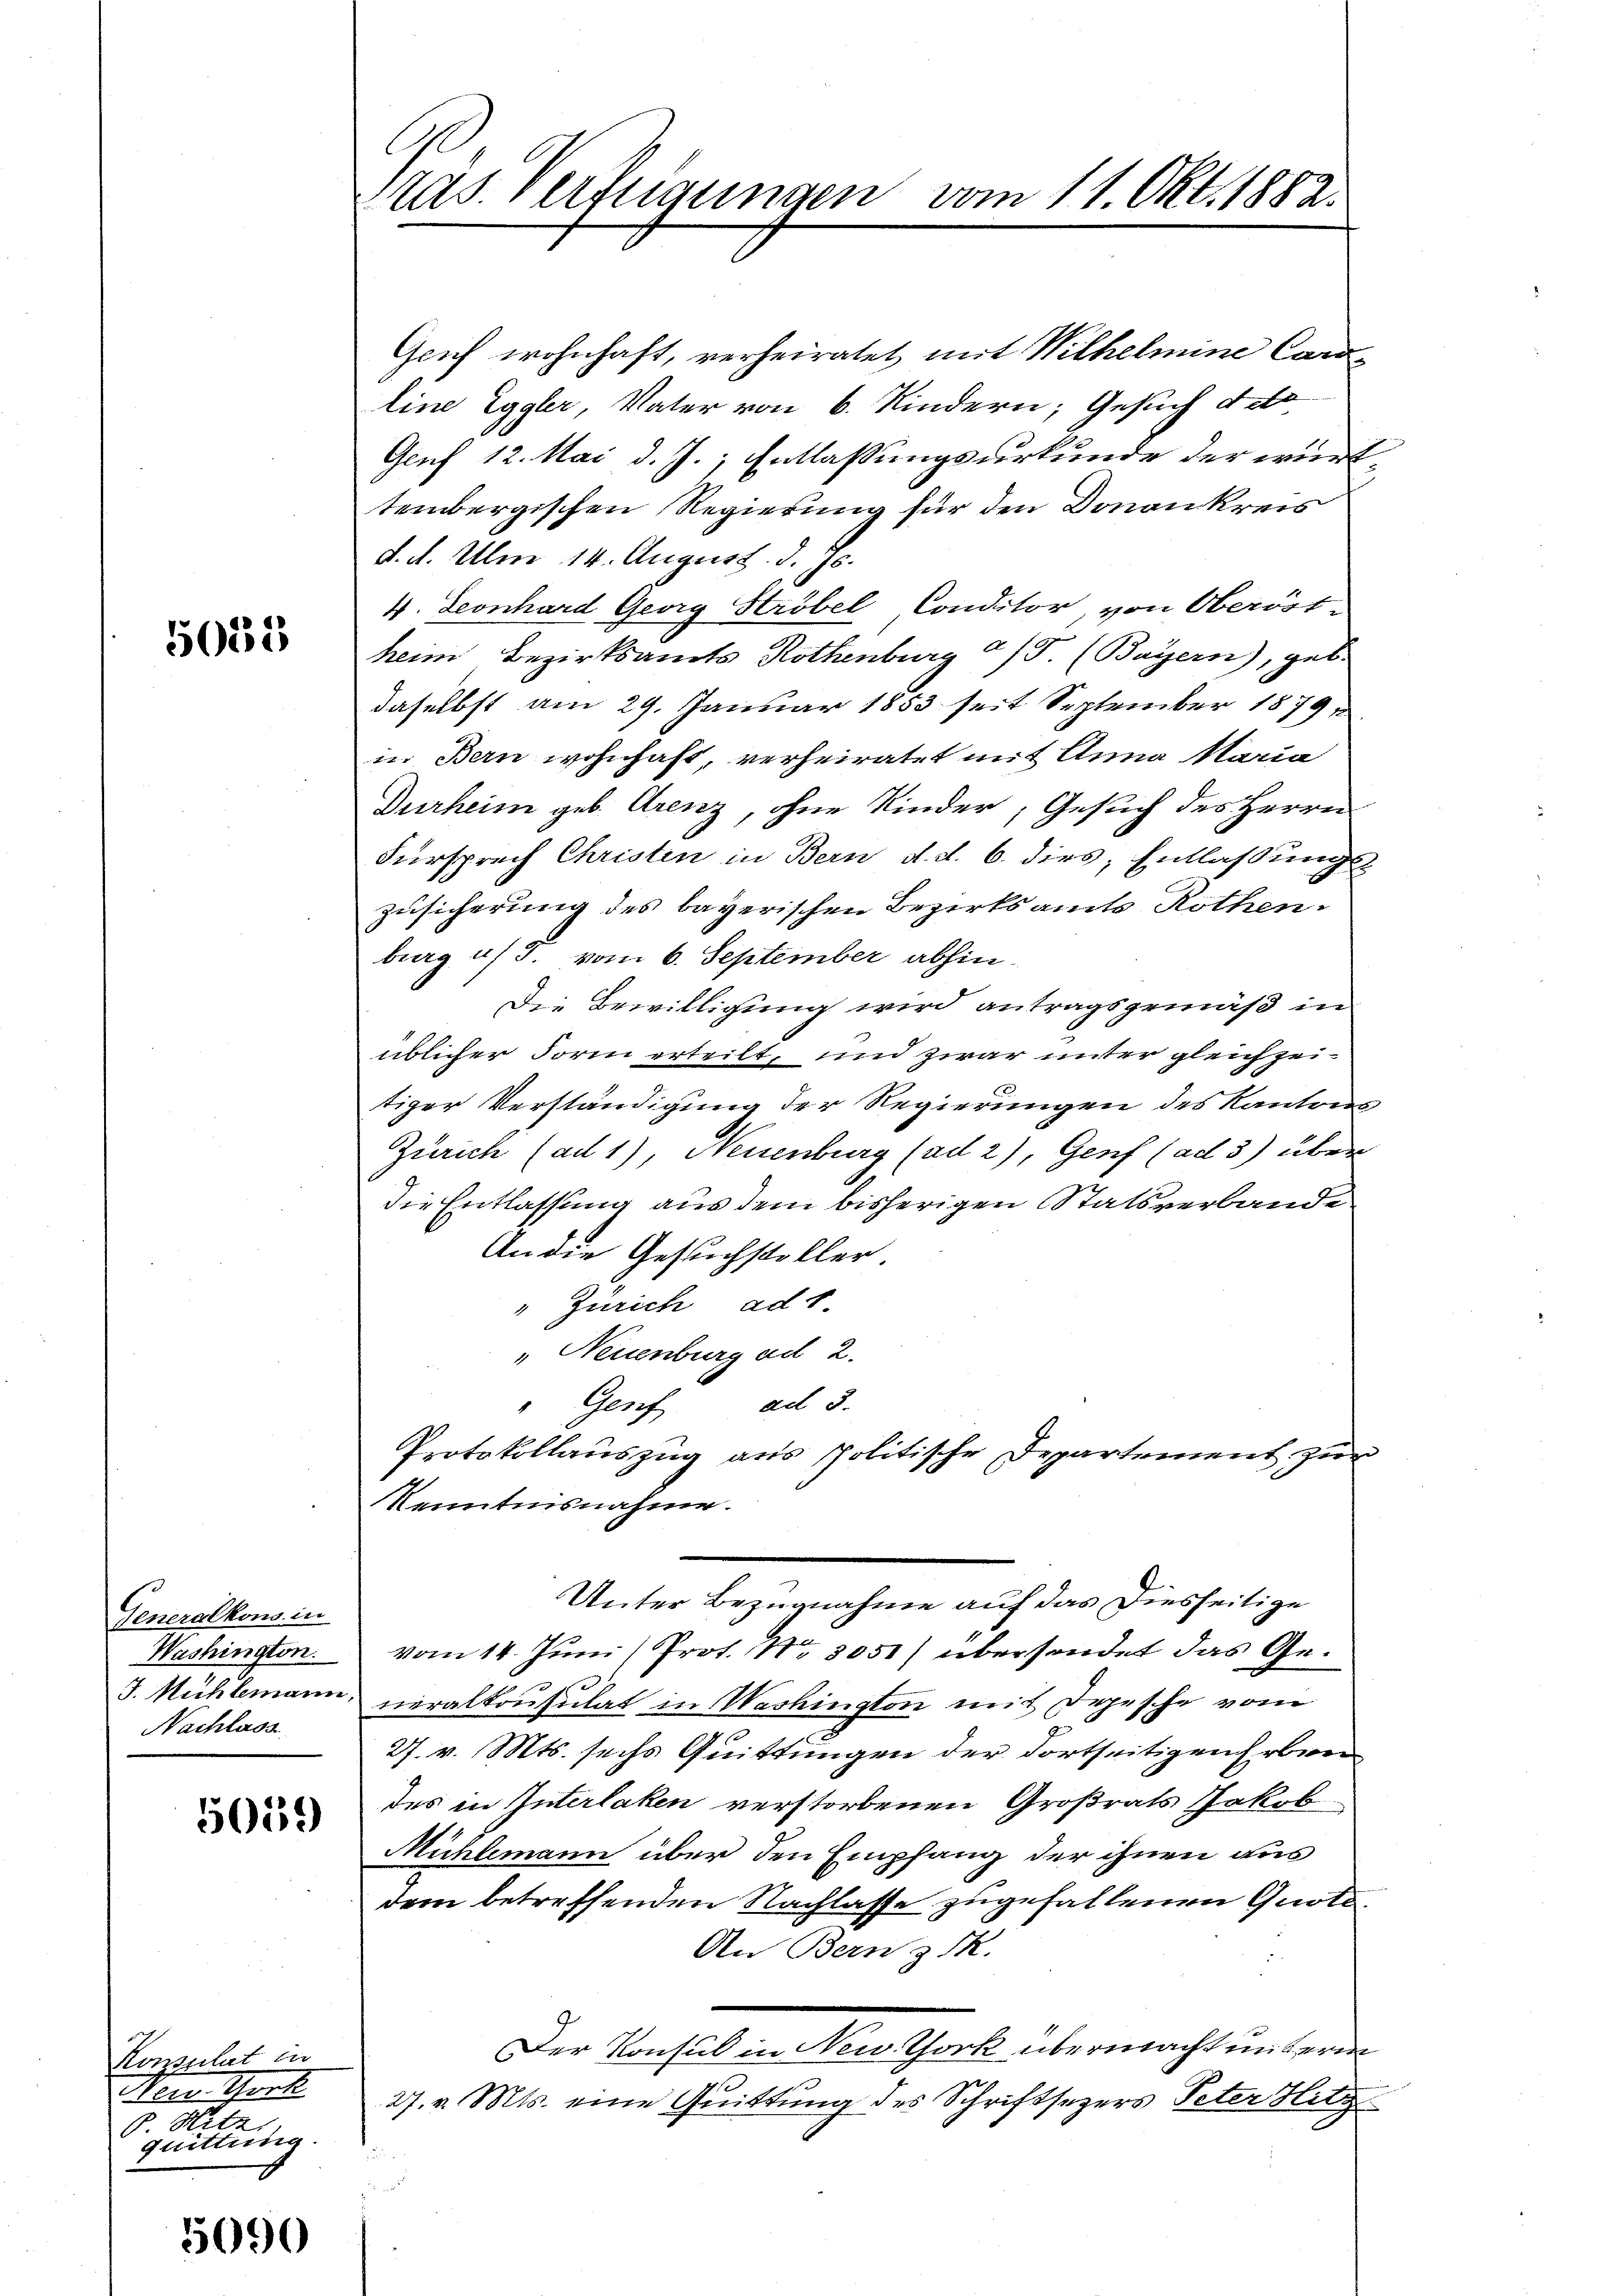
1035

Generalkons in
Washington.
Nachlass

5059

Konsulat in
Non Gurt
b. S
quittung.

5090

.
Cras. Verfügungen vom 11. Okt. 1882.

Geif wohnhaft, verheiratet mit Wilhelmine Cordline Eggler, Vater von 6. Kindern, Gesuch deto
Geuf 12. Mai d. J., Entlaßungsurkunde der württembergischen Regierung für den Donankreis
d. d. Ulm 14. August. d. Js.
4. Leonhard Georg Ströbel Conditor, von Oberöstheim Bezirksamts Rothenburg a/S. (Bayern), geb.
daselbst am 29. Januar 1853 seit September 1879
in Bern wohnhaft, verheiratet mit Anna Maria
Durheim geb. Grenz, ohne Kinder, Gesuch des Herrn
Fürsprech Christen in Bern d. d. 6. dies, Entlaßungs-
zusicherung des bayerischen Bezirksamts Rothen.
burg u. F. vom 6. September abhin¬
Die Bewilligung wird antragsgemäß in
üblicher Form erteilt, und zwar unter gleichzeitiger Verständigung der Regierungen des Kantons
Zürich (ad 1), Neuenburg (ad 2), Genf (ad 3) über
die Entlassung aus dem bisherigen Statsverbande
An die Gesuchsteller.
" Zürich ad 1.
" Neuenburg ad 2.
" Genf ad 3.
Protokollauszug aus politische Departement zur
Kenntnisnahme.
Unter Bezugnahme auf das Diesseitige
vom 14. Juni / Prot. Nr. 3051) übersendet das Ge¬
J. Mühlemann, neralkonsulat in Washington mit Depesche vom
27. v. Mts. sechs Quittungen der dortseitigen Erbren
des in Interlaken verstorbenen Großrats Jakob
Mühlemann über den Empfang der ihnen aus
dem betreffenden Nachlasse zugefallenen Gnoto¬
An Bern z. R.
Der Konsul in New. Thork übermacht unterm
27. v. Mts. eine Quittung des Schriftsezers Peter Hitz